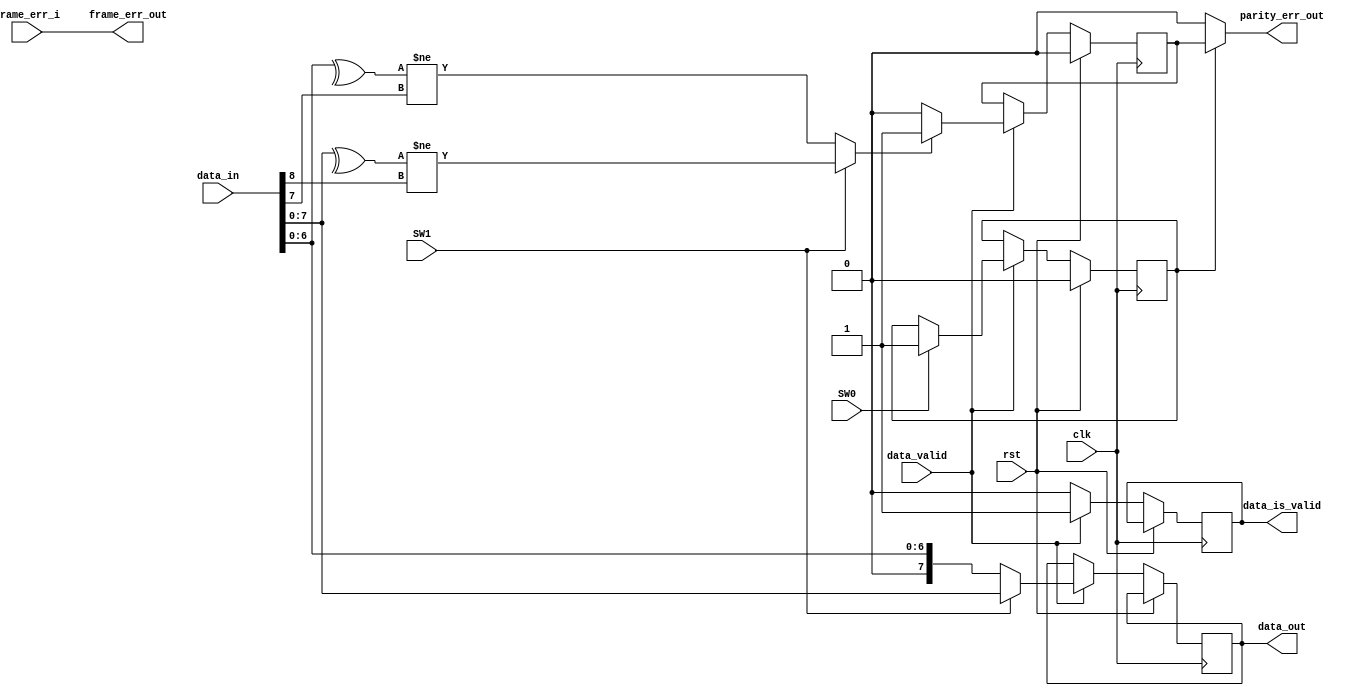
module Check_Frame(
	input 				clk,
	input 				rst,
	input [8:0]			data_in,
	input				data_valid,
	input 				frame_err_i,
	input				SW0,				// even-parity (1) or no parity (0)
	input				SW1,				// 7 (0) or 8 (1)
	
	output				data_is_valid,
	output				frame_err_out,
	output				parity_err_out,
	output [7:0]		data_out			// ASCII is up to 7 bits
);

reg[7:0]	data_no_parity;
reg 		d_valid;
reg			check;
reg			error_detected;


always @(posedge clk) 
	if (rst) begin
		check <= 'd0;
		error_detected <= 'd0;
	end
	else if (data_valid) begin
		d_valid <= 'd1;
		
		if (SW0) begin
			data_no_parity <= SW1 ? data_in[7:0] : data_in[6:0];
			check <= 'd1;
		end
		else begin
			data_no_parity <= SW1 ? data_in[7:0] : data_in[6:0];
		end
		
		error_detected <= (SW1 ? (^data_in[7:0] != data_in[8]) : (^data_in[6:0] != data_in[7])) ? 'd1 : 'd0;
	end
	else if (!data_valid) begin
		d_valid <= 'd0;
	end

assign parity_err_out = check ? error_detected : 0;	// level
assign frame_err_out = frame_err_i;					// level
assign data_out = data_no_parity;					// level
assign data_is_valid = d_valid;

endmodule